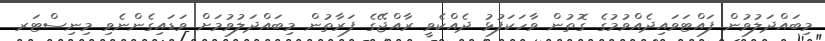
މިބައްދަލުވުން ފައްޓަވައިދެއްވުމުގެ ގޮތުން ވާހަކަފުޅު ދެއްކެވީ ރާއްޖޭގެ ފަރާތުން މިބައްދަލުވުމަށް ވަޑައިގެންނެވި މިނިސްޓަރ